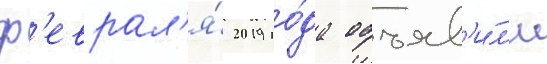
ф'еврал'я́ 2019 го́да объяв'и́л'и